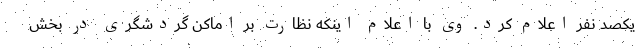
یکصد نفر اعلام کرد. وی با اعلام اینکه نظارت بر اماکن گردشگری در بخش